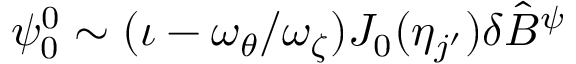
\psi _ { 0 } ^ { 0 } \sim ( \iota - \omega _ { \theta } / \omega _ { \zeta } ) J _ { 0 } ( \eta _ { j ^ { \prime } } ) \delta \hat { B } ^ { \psi }